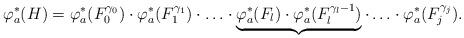
LaTeX: \begin{align*}\varphi^*_a(H)=\varphi^*_a(F_0^{\gamma_0})\cdot \varphi^*_a(F_1^{\gamma_1})\cdot\ldots\cdot\underbrace{\varphi^*_a(F_l)\cdot \varphi^*_a(F_l^{\gamma_l-1})}\cdot\ldots\cdot \varphi^*_a(F_j^{\gamma_j}).\end{align*}